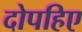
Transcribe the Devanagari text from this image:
दोपहिए